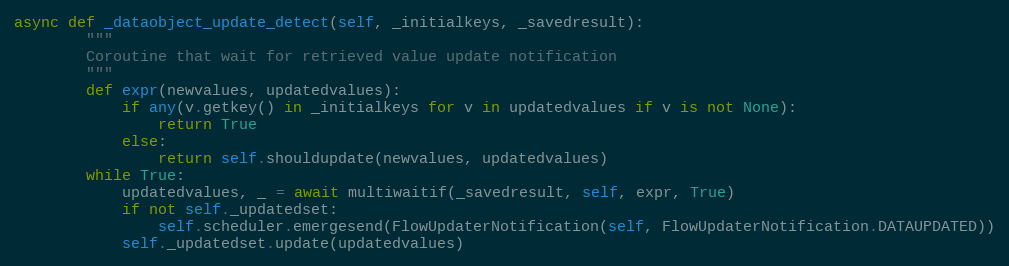
Language: Python
async def _dataobject_update_detect(self, _initialkeys, _savedresult):
        """
        Coroutine that wait for retrieved value update notification
        """
        def expr(newvalues, updatedvalues):
            if any(v.getkey() in _initialkeys for v in updatedvalues if v is not None):
                return True
            else:
                return self.shouldupdate(newvalues, updatedvalues)
        while True:
            updatedvalues, _ = await multiwaitif(_savedresult, self, expr, True)
            if not self._updatedset:
                self.scheduler.emergesend(FlowUpdaterNotification(self, FlowUpdaterNotification.DATAUPDATED))
            self._updatedset.update(updatedvalues)